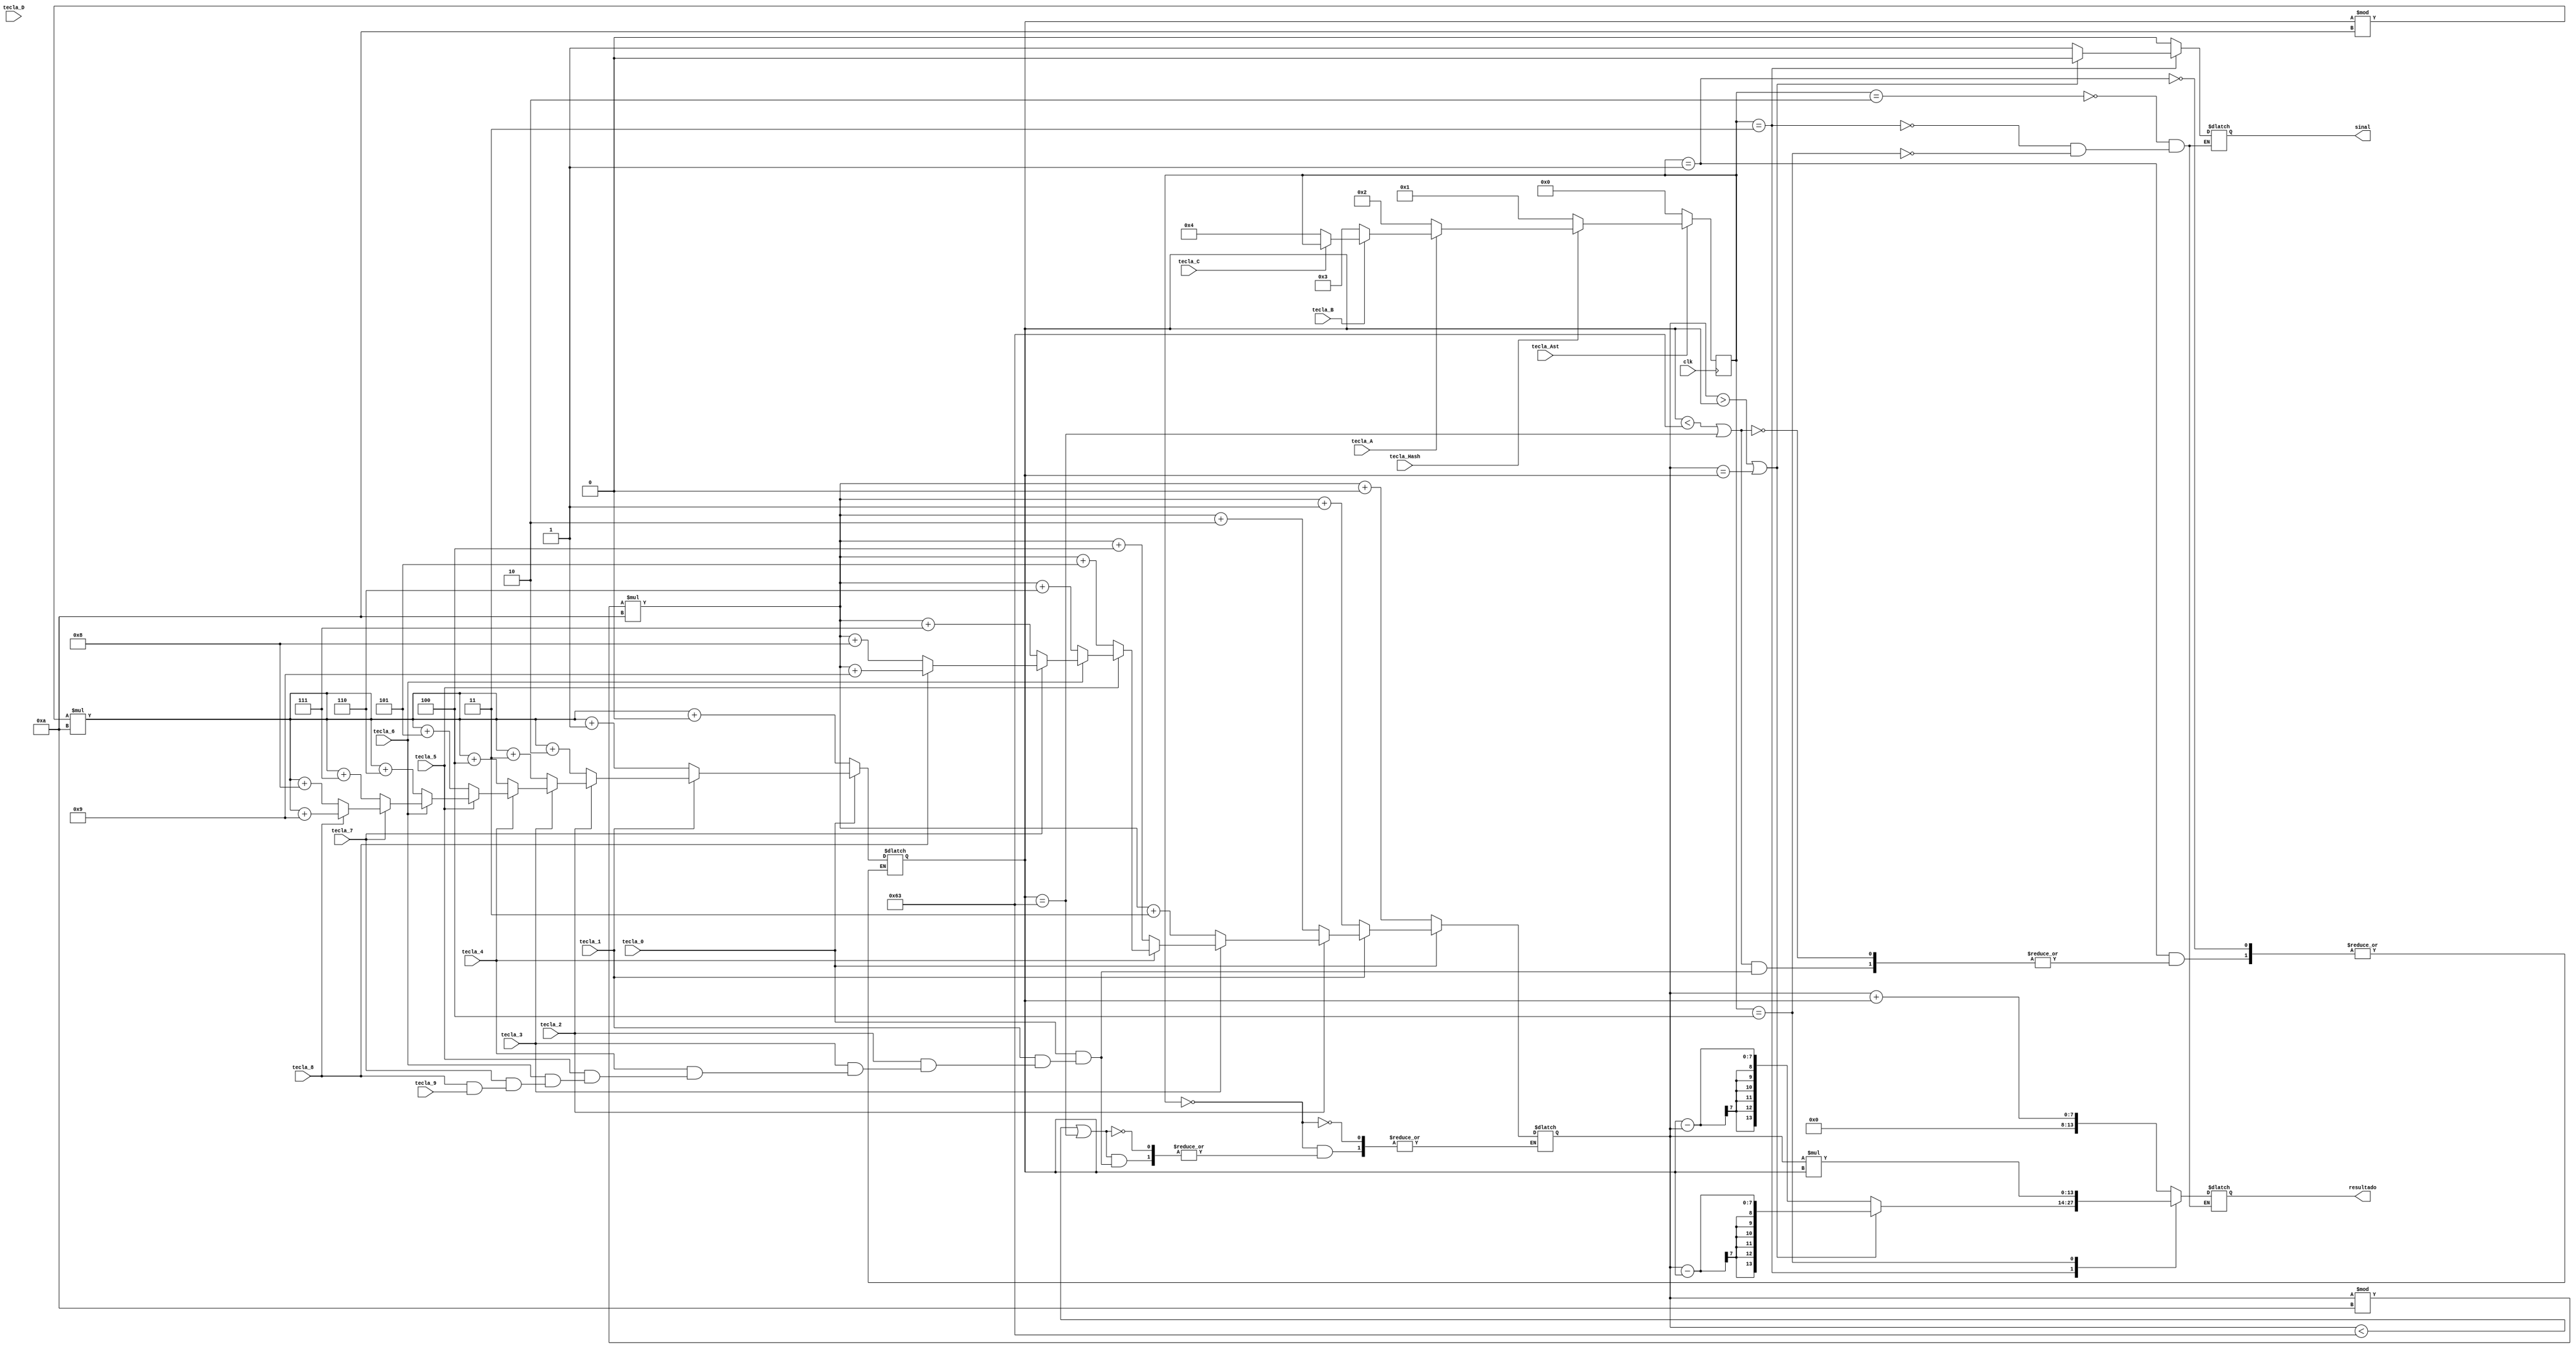
module ProjetoSD (input clk,
						input tecla_0,tecla_1,tecla_2,tecla_3,tecla_4,tecla_5,tecla_6,tecla_7,tecla_8,tecla_9,tecla_A,tecla_B,tecla_C,tecla_D,tecla_Ast,tecla_Hash,
						output reg[13:0] resultado,
						output reg sinal);


reg[6:0] numero1 = 0, numero2 = 0;
reg[3:0] state;
parameter numero1Input = 0, numero2Input = 1, somaOutput = 2, subOutput = 3, multOutput = 4;

always @(negedge clk)begin
	if(!tecla_Ast)begin
		state <= numero1Input;
	end
	else if(!tecla_Hash)begin
		state <= numero2Input;
	end
	else if(!tecla_A)begin
		state <= somaOutput;
	end
	else if(!tecla_B)begin
		state <= subOutput;
	end
	else if(!tecla_C)begin
		state <= multOutput;
	end
	else if(!tecla_D)begin
	end
end

always @(*)begin
	    case(state)
		numero1Input: begin
			if(numero1 < 99 || numero2 == 99)begin
				if(!tecla_0)
					numero1 <= (numero1 % 10) * 10 + 0;
				else if(!tecla_1)
					numero1 <= (numero1 % 10) * 10 + 1;
				else if(!tecla_2)
					numero1 <= (numero1 % 10) * 10 + 2;
				else if(!tecla_3)
					numero1 <= (numero1 % 10) * 10 + 3;
				else if(!tecla_4)
					numero1 <= (numero1 % 10) * 10 + 4;
				else if(!tecla_5)
					numero1 <= (numero1 % 10) * 10 + 5;
				else if(!tecla_6)
					numero1 <= (numero1 % 10) * 10 + 6;
				else if(!tecla_7)
					numero1 <= (numero1 % 10) * 10 + 7;
				else if(!tecla_8)
					numero1 <= (numero1 % 10) * 10 + 8;
				else if(!tecla_9)
					numero1 <= (numero1 % 10) * 10 + 9;
			end
        end
		numero2Input: begin
			if(numero2 < 99 || numero2 == 99)begin
				if(!tecla_0)
					numero2 <= (numero2 % 10) * 10 + 0;
				else if(!tecla_1)
					numero2 <= (numero2 % 10) * 10 + 1;
				else if(!tecla_2)
					numero2 <= (numero2 % 10) * 10 + 2;
				else if(!tecla_3)
					numero2 <= (numero2 % 10) * 10 + 3;
				else if(!tecla_4)
					numero2 <= (numero2 % 10) * 10 + 4;
				else if(!tecla_5)
					numero2 <= (numero2 % 10)* 10 + 5;
				else if(!tecla_6)
					numero2 <= (numero2 % 10)* 10 + 6;
				else if(!tecla_7)
					numero2 <= (numero2 % 10)* 10 + 7;
				else if(!tecla_8)
					numero2 <= (numero2 % 10)* 10 + 8;
				else if(!tecla_9)
					numero2 <= (numero2 % 10)* 10 + 9;
			end
        end
		somaOutput: begin
			resultado <= numero1 + numero2;
			sinal <= 0;
        end
		subOutput: begin
			if(numero1 > numero2 || numero1 == numero2)begin
				resultado <= numero1 - numero2;
				sinal <= 0;
			end
			else begin
				resultado <= numero2 - numero1;
				sinal <= 1;
			end
        end
		multOutput: begin
			resultado <= numero1 * numero2;
			sinal <= 0;
        end
		endcase
end
endmodule